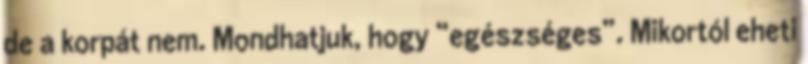
de a korpát nem. Mondhatjuk, hogy “egészséges”. Mikortól eheti